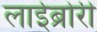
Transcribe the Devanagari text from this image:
लाईब्रोरी